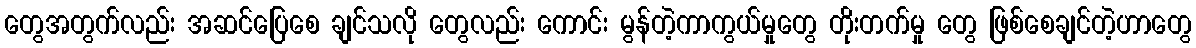
တွေအတွက်လည်း အဆင်ပြေစေ ချင်သလို တွေလည်း ကောင်း မွန်တဲ့ကာကွယ်မှုတွေ တိုးတက်မှု တွေ ဖြစ်စေချင်တဲ့ဟာတွေ